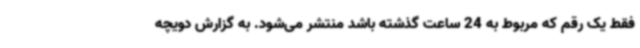
فقط یک رقم که مربوط به 24 ساعت گذشته باشد منتشر می‌شود. به گزارش دویچه